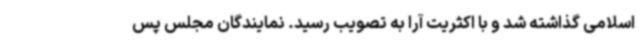
اسلامی گذاشته شد و با اکثریت آرا به تصویب رسید. نمایندگان مجلس پس